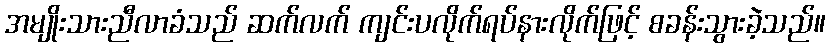
အမျိုးသားညီလာခံသည် ဆက်လက် ကျင်းပလိုက်ရပ်နားလိုက်ဖြင့် စခန်းသွားခဲ့သည်။